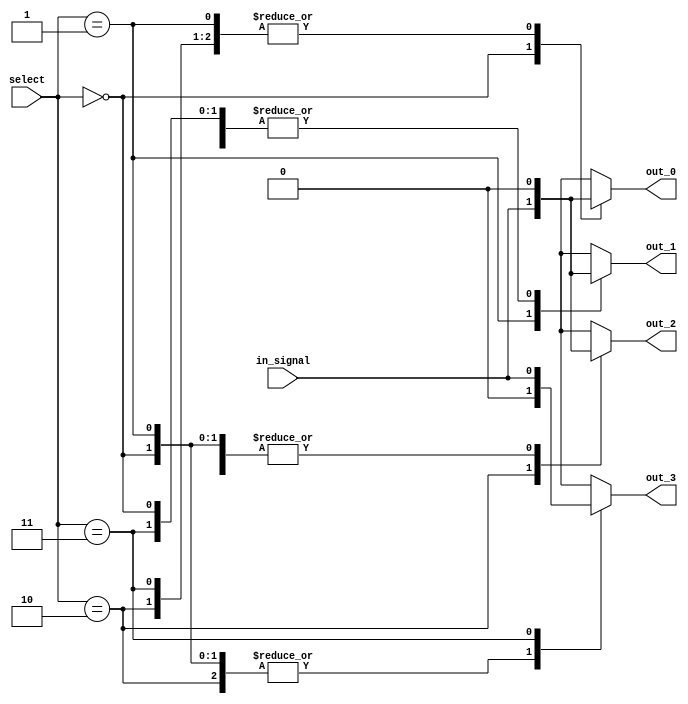
module demux_1to4 (
    input wire in_signal,   // Single input signal
    input wire [1:0] select, // Select signal with 2 bits
    output reg out_0,       // Output 0
    output reg out_1,       // Output 1
    output reg out_2,       // Output 2
    output reg out_3        // Output 3
);

always @(*)
begin
    case (select)
        2'b00: begin
            out_0 = in_signal;
            out_1 = 1'b0;
            out_2 = 1'b0;
            out_3 = 1'b0;
        end
        2'b01: begin
            out_0 = 1'b0;
            out_1 = in_signal;
            out_2 = 1'b0;
            out_3 = 1'b0;
        end
        2'b10: begin
            out_0 = 1'b0;
            out_1 = 1'b0;
            out_2 = in_signal;
            out_3 = 1'b0;
        end
        2'b11: begin
            out_0 = 1'b0;
            out_1 = 1'b0;
            out_2 = 1'b0;
            out_3 = in_signal;
        end
        default: begin
            out_0 = 1'b0;
            out_1 = 1'b0;
            out_2 = 1'b0;
            out_3 = 1'b0;
        end
    endcase
end

endmodule